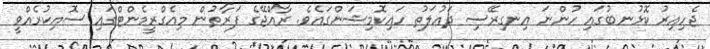
ޖެހިއިރު ކޮޅުނބުގައި ހުންނަ އިނގިރޭސި ދައުލަތު ހައިކޮމިޝަންގައެވެ. ރާއްޖޭގެ ފަރާތުން މިއެގްރީމެންޓްގައި ސޮއިކުރެއްވީ